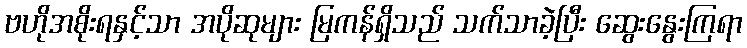
ဗဟိုအစိုးရနှင့်သာ အပိုဆုများ မြကန်ရှိသည် သက်သာခဲ့ပြီး ဆွေးနွေးကြရာ